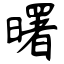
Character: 曙